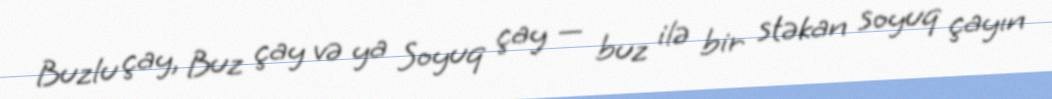
Buzlu çay, Buz çay və ya Soyuq çay — buz ilə bir stəkan soyuq çayın